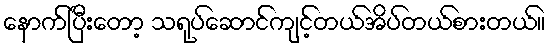
နောက်ပြီးတော့ သရုပ်ဆောင်ကျင့်တယ်အိပ်တယ်စားတယ်။